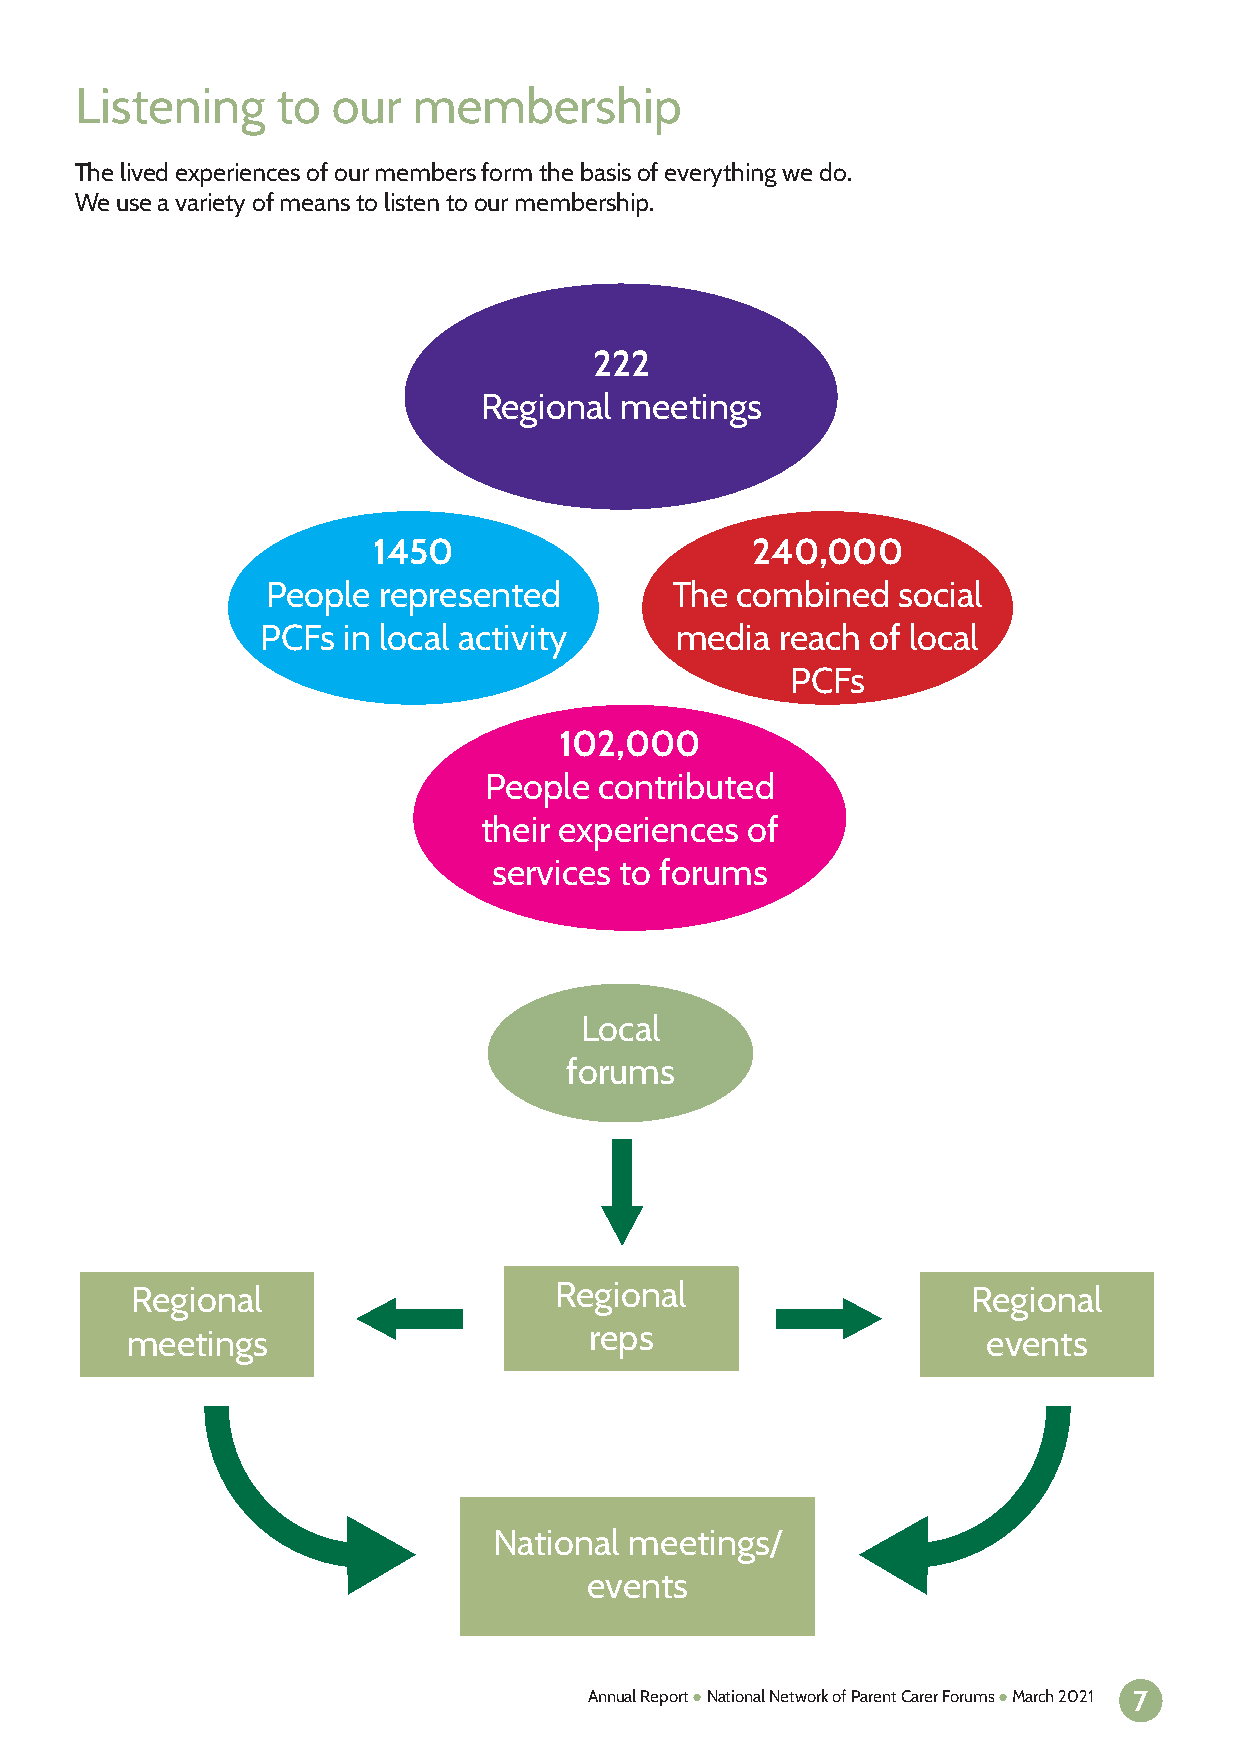
Listening    to  our  membership
 The lived experiences of our members form the basis of everything we do.
 We use a variety of means to listen to our membership.
 222
 Regional meetings
 1450                     240,000
 People represented        The  combined  social
 PCFs  in local activity     media  reach of local
 PCFs
 102,000
 People  contributed
 their experiences of
 services to forums
 Local
 forums
 Regional                    Regional                   Regional
 meetings                       reps                      events
 National meetings/
 events
 Annual Report ● National Network of Parent Carer Forums ● March 2021 7